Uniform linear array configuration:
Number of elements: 8
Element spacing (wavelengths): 1
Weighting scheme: hann
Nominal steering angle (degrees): -60
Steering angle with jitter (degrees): -59.717
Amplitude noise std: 0.05
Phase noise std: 0.05

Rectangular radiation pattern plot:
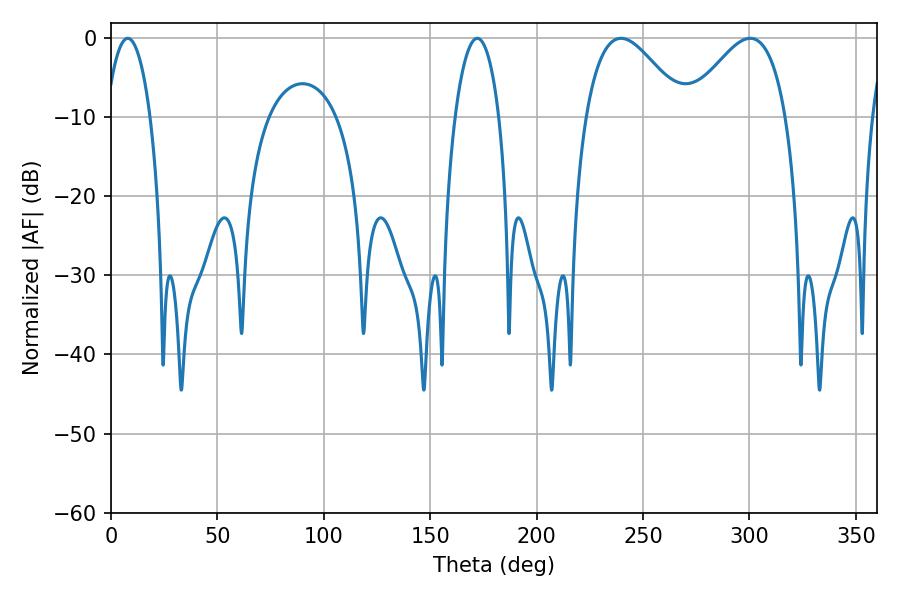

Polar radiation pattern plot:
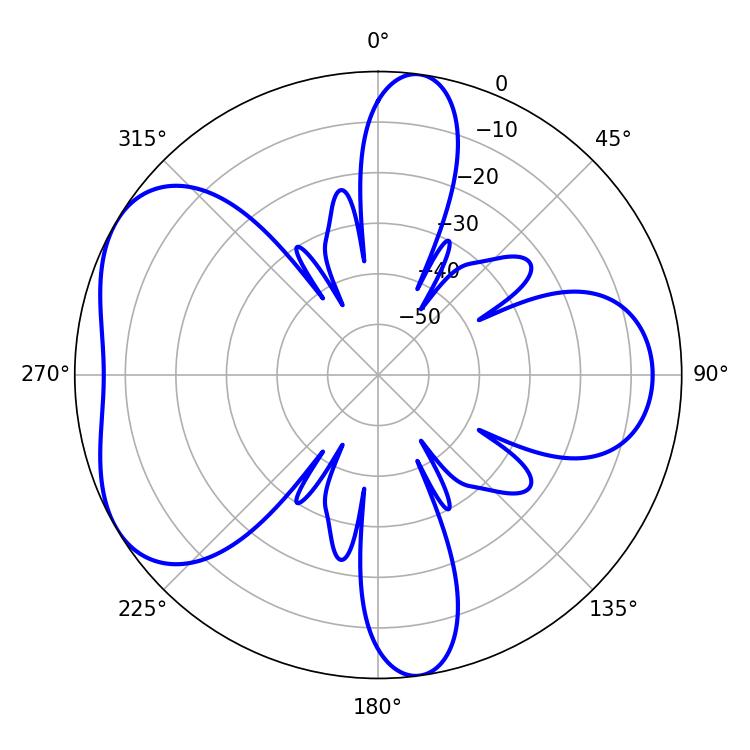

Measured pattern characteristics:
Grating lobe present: TRUE
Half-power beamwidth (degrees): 24.84
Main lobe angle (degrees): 239.58